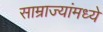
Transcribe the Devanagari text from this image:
साम्राज्यांमध्ये